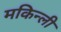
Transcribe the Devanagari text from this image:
मकिन्ली